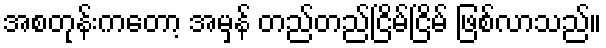
အစတုန်းကတော့ အမှန် တည်တည်ငြိမ်ငြိမ် ဖြစ်လာသည်။